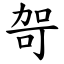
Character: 哿